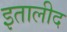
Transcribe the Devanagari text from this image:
इतालीद